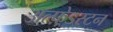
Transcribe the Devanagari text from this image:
अल्फ़्रेडस्टन